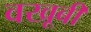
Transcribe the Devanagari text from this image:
वखूबी